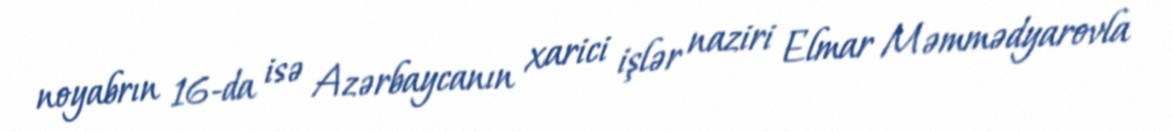
noyabrın 16-da isə Azərbaycanın xarici işlər naziri Elmar Məmmədyarovla